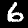
Digit: 6